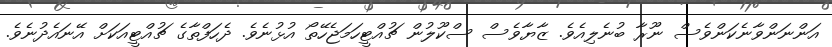
އަންނަންވާނެކަންވެސް ނޫރާ ބުނެލިއެވެ. ޒާޔާވެސް ސްކޫލުން ޗުއްޓީހަމަޖެހޭތޯ އުޅުނެވެ. ދެހަފްތާގެ ޗުއްޓީއަކަށް އޭނައެދުނެވެ.